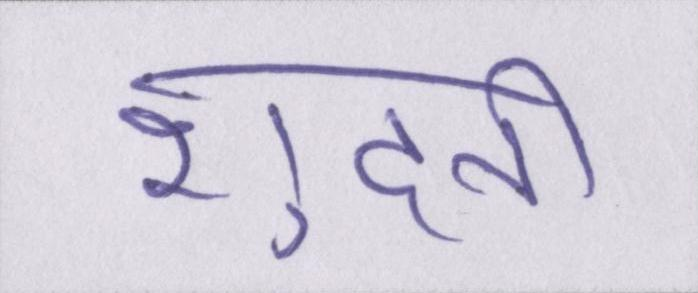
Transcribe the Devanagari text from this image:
शुदनी